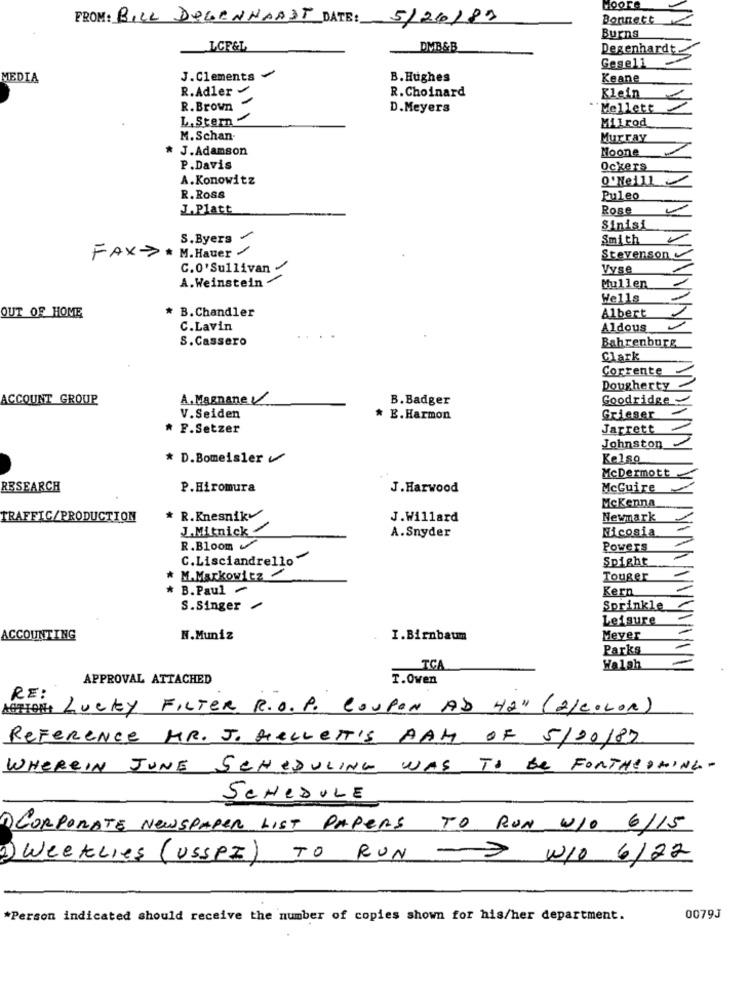
HOOre
FROM: BILL DEGENHARDT DATE: 5/2/83
Bonnett
Burns
LCF&L
DMB&B
Degenhardt.
Gese11
MEDIA
J.Clements
B. Hughes
Keane
R.Adler
R.Choinard
Klein
..
R. Brown
D.Meyers
Mellett
L. Stem -
Milrod
M. Schan
Murray
J.Adamson
Noone
P. Davis
Ockers
A.Konowitz
O ' Neill
R. Ross
Puleo
J. Platt
Rose
Sinisi
S.Byers
Smith
FAX * M.Hauer
Stevenson
C.O'Sullivan
Vyse
A. Weinstein
Mullen
Wells
* B.Chandler
OUT OF HOME
Albert
C.Lavin
Aldous
S. Cassero
Bahrenburg
Clark
Corrente
Dougherty
ACCOUNT GROUP
A. Magnane
B. Badger
Goodridge
V.Seiden
* E.Harmon
Grieser
F.Setzer
Jarrett
Johnston
* D.Bomeisler
Kelso
McDermott
RESEARCH
P.Hiromura
J. Harwood
McGuire
McKenna
TRAFFIC/PRODUCTION
* R.Knesniky
J.Willard
Newmark
J.Mitnick
Nicosia
A.Snyder
R.Bloom
Powers
C.Lisciandrello
Spight
* M.Markowitz
Touger
* B.Paul -
Kern
S.Singer /
Sprinkle
Leisure
ACCOUNTING
N.Muniz
I.Birnbaum
Meyer
Parks
TCA
Walsh
APPROVAL ATTACHED
T.Oven
RE :
ACTION: Lucky FILTER R.O. P. COUPON AD 42" (2/COLOR)
REFERENCE MR. J. KELLETT'S AAM OF 5/00/87
WHEREIN JUNE SCHEDULING WAS TO BE FORTHEDMING-
SCHEDULE
1) CORPORATE NEWSPAPER LIST PAPERS TO RUN WIO 6/15
) WeekLies (USSPI) TO RUN -> WIO 6/22
*Person indicated should receive the number of copies shown for his/her department.
0079J